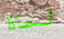
لماذا